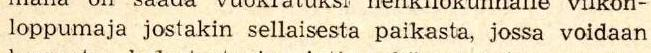
loppumaja jostakin sellaisesta paikasta, jossa voidaan